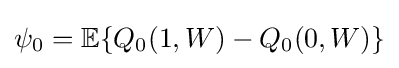
\psi _{0}=\mathbb {E} \{Q_{0}(1,W)-Q_{0}(0,W)\}